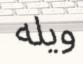
ويله